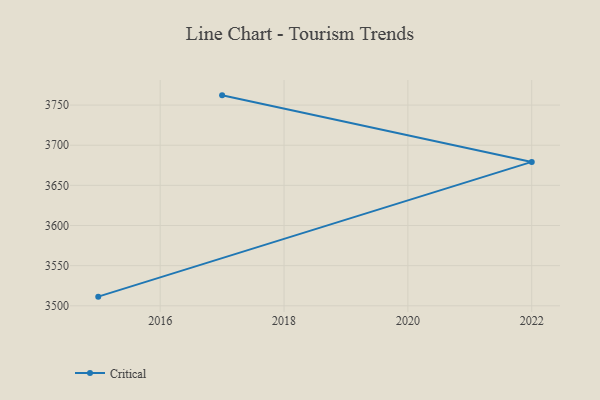
{"axis": {"x": "Year", "y": "Energy Usage (MWh)"}, "legend": ["Critical"], "data": [{"x": "2015", "y": 3511.4, "type": "Critical"}, {"x": "2022", "y": 3679.2, "type": "Critical"}, {"x": "2017", "y": 3762.1, "type": "Critical"}]}